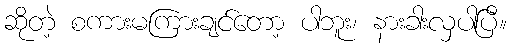
ဆိုတဲ့ စကားမကြားချင်တော့ ပါဘူး၊ နားခါးလှပါပြီ။